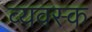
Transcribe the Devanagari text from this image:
व्यवस्क